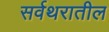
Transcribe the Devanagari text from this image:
सर्वथरातील